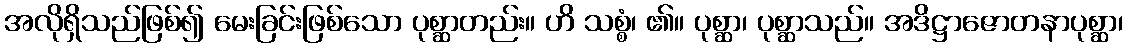
အလိုရှိသည်ဖြစ်၍ မေးခြင်းဖြစ်သော ပုစ္ဆာတည်း။ ဟိ သစ္စံ၊ ၏။ ပုစ္ဆာ၊ ပုစ္ဆာသည်။ အဒိဋ္ဌာဇောတနာပုစ္ဆာ၊